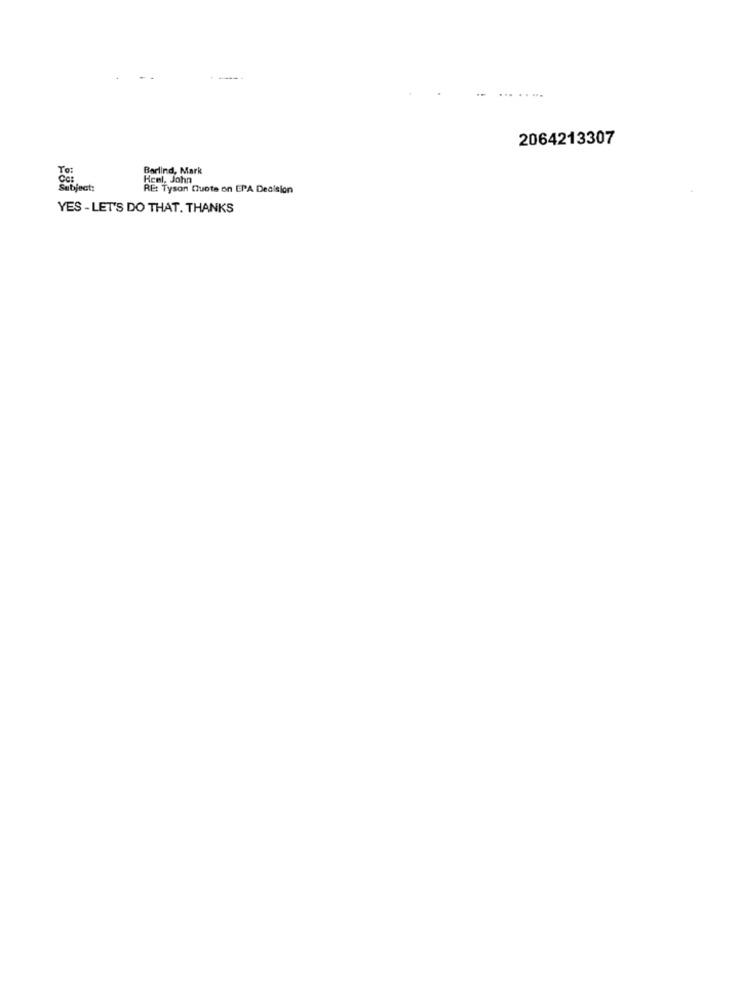
.........
2064213307
To:
Barlind, Mark
Heel. John
RE: Tyson Quote on EPA Decision
YES - LET'S DO THAT. THANKS